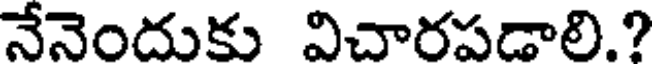
నేనెందుకు విచారపడాలి.?